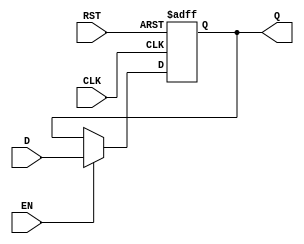
module DataRegister #(
    parameter WIDTH = 8  // Parameter to define the bit width of the register
)(
    input  wire [WIDTH-1:0] D,    // Data input
    input  wire CLK,                // Clock signal
    input  wire RST,                // Asynchronous reset
    input  wire EN,                 // Enable signal
    output reg  [WIDTH-1:0] Q       // Data output
);

    // Asynchronous reset and clock edge detection
    always @(posedge CLK or posedge RST) begin
        if (RST) begin
            Q <= {WIDTH{1'b0}};       // Clear the register to zero
        end else if (EN) begin
            Q <= D;                   // Capture the input data on clock edge if enabled
        end
    end

endmodule